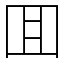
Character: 囬